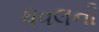
ધવલની